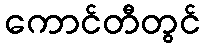
ကောင်တီတွင်